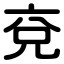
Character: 兗